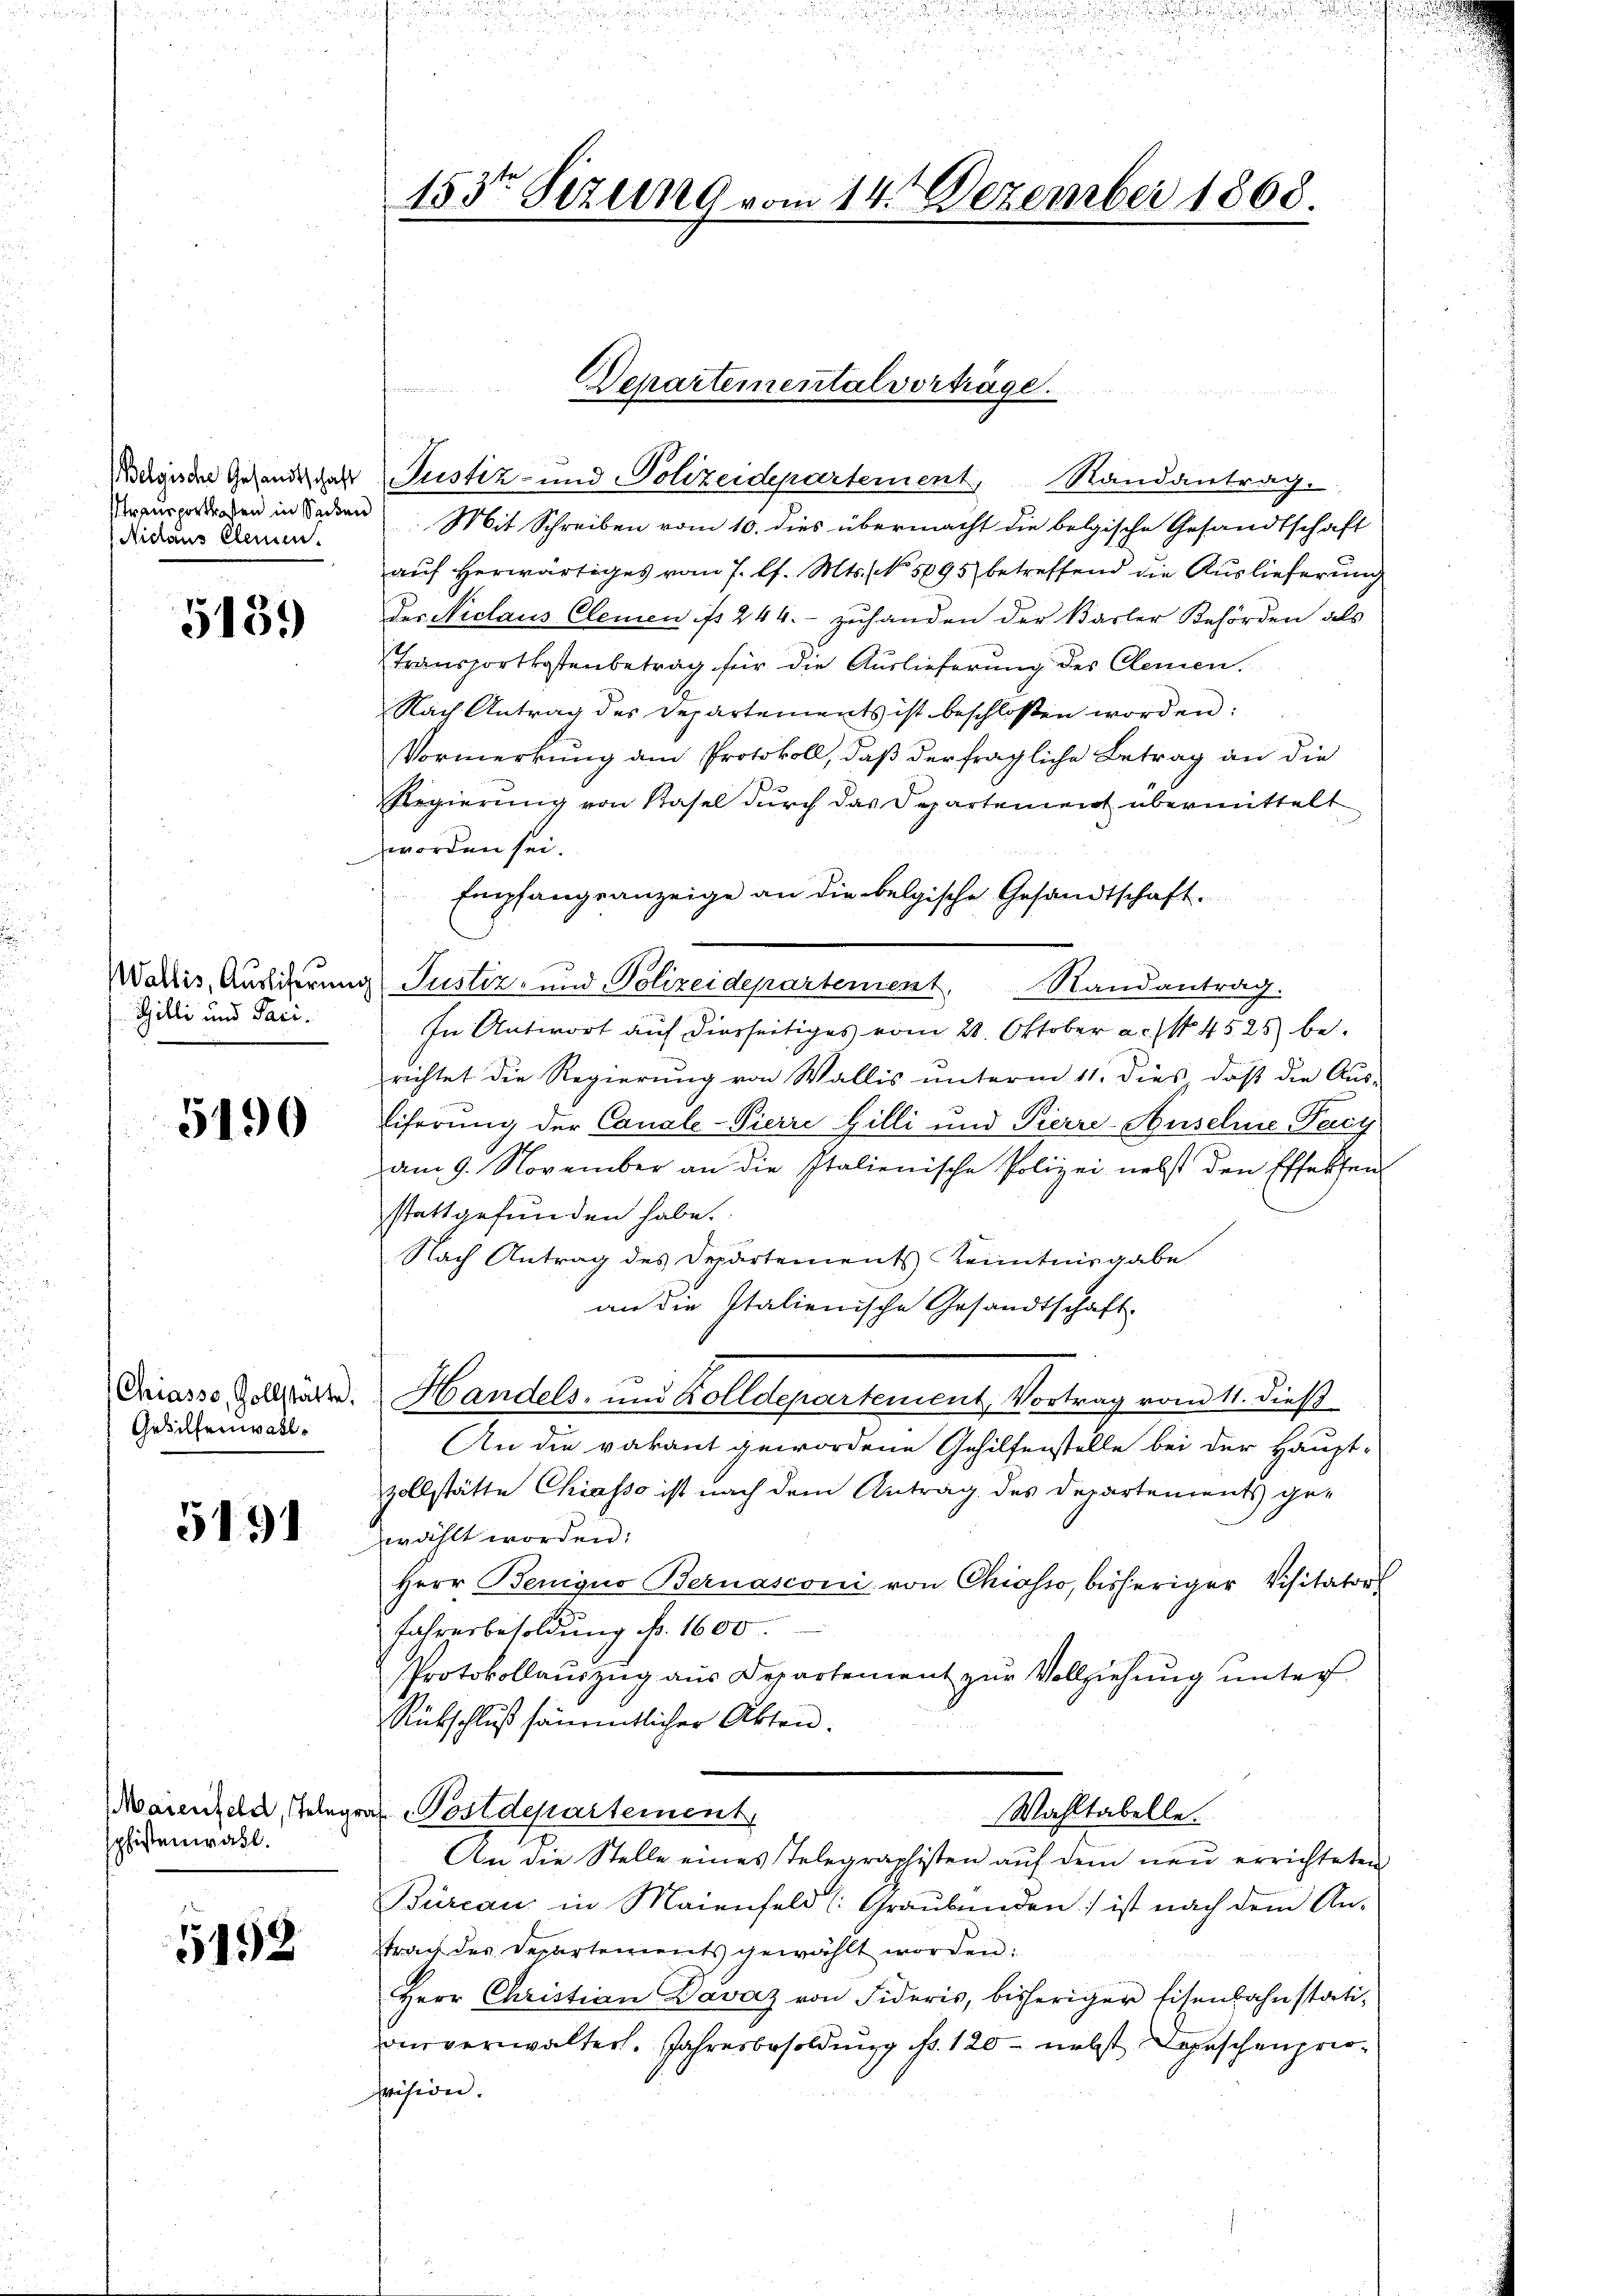
Belgische Gesandtschaft
Niclaus Elemen.

5189

Wallis, Auslieferung
Gilli und Paci¬

5490

Chiasso, Zollstätte.
Gehilfenwall.

5191

Maienfeld, Teleg
pfistenwahl.

5498

153ten Sizung vom 14. Dezember 1868.

Departemental vorträge.

Justiz- und Polizeidepartement, Randantrag.
Unausgegen in Beden Mit Schreiben vom 10. dies übermacht die belgische Gesandtschaft
auf herwärtiges vom 7. l. Mts. No. 5095 betreffend die Auslieferung
Der Niclaus Clemen ist 244.- zuhanden der Basler Behörden als
Transportkostenbetrag für die Auslieferung des Clemen.
Nach Antrag des Departements ist beschlossen worden:
Vormerkung am Protokoll, daß der fragliche Betrag an die
Regierung von Kasel durch das Departement übermittelt
worden sei.
Empfangsanzeige an die belgische Gesandtschaft.
a Justiz- und Polizeidepartement. Randantrag.
In Antwort auf diesseitiges vom 28. Oktober a.c. No 4525 be
richtet die Regierung von Wallis unterm 11. dies, daß die Aus-
Eiferung der Canale-Pierre Gilli und Pierre-Ansehne Pacy
am 9. November an die Italienische Polizei nebst den Effekten
stattgefunden habe.
Nach Antrag des Departements Kenntnisgabe
an die Italienische Gesandtschaft.
Handels- und Zolldepartement, Vortrag vom 11. dieß
An die vakant gewordene Gehilfenstelle bei der Haupt-
zollstätte Chiasso ist nach dem Antrag des Departements gewählt worden:
Herr Beniquo Bernasconi von Chiasso, bisheriger Visitator
Jahresbesoldung No. 1600
Protokollauszug aus Departement zur Vollziehung unter
Rückschluß sämmtlicher Akten.
a Postdepartement
Wahltabelle.
An die Stelle eines Telegraphisten aŭf dem neŭ errichteten
Büreau in Maienfeld (Graubünden) ist nach dem An-
trag des Departements gewählt worden:
Herr Christian Davaz von Fideris, bisheriger Eisenbahnstatianverwalter. Jahresbesoldung fr. 120 nebst Depeschenpropräsiden.